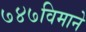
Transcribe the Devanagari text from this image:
७४७विमाने